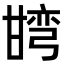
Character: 𭺯